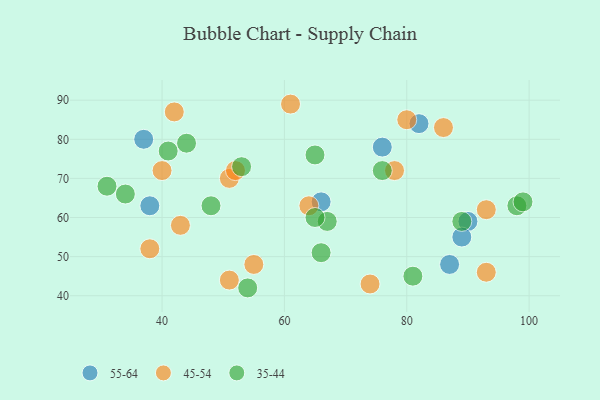
{"axis": {"x": "GDP", "y": "Life Expectancy"}, "legend": ["35-44", "45-54", "55-64"], "data": [{"x": "87", "y": 48, "type": "55-64"}, {"x": "90", "y": 59, "type": "55-64"}, {"x": "37", "y": 80, "type": "55-64"}, {"x": "82", "y": 84, "type": "55-64"}, {"x": "38", "y": 63, "type": "55-64"}, {"x": "76", "y": 78, "type": "55-64"}, {"x": "66", "y": 64, "type": "55-64"}, {"x": "89", "y": 55, "type": "55-64"}, {"x": "55", "y": 48, "type": "45-54"}, {"x": "64", "y": 63, "type": "45-54"}, {"x": "40", "y": 72, "type": "45-54"}, {"x": "51", "y": 70, "type": "45-54"}, {"x": "93", "y": 46, "type": "45-54"}, {"x": "42", "y": 87, "type": "45-54"}, {"x": "93", "y": 62, "type": "45-54"}, {"x": "74", "y": 43, "type": "45-54"}, {"x": "38", "y": 52, "type": "45-54"}, {"x": "61", "y": 89, "type": "45-54"}, {"x": "43", "y": 58, "type": "45-54"}, {"x": "80", "y": 85, "type": "45-54"}, {"x": "86", "y": 83, "type": "45-54"}, {"x": "78", "y": 72, "type": "45-54"}, {"x": "51", "y": 44, "type": "45-54"}, {"x": "52", "y": 72, "type": "45-54"}, {"x": "44", "y": 79, "type": "35-44"}, {"x": "48", "y": 63, "type": "35-44"}, {"x": "98", "y": 63, "type": "35-44"}, {"x": "65", "y": 76, "type": "35-44"}, {"x": "53", "y": 73, "type": "35-44"}, {"x": "54", "y": 42, "type": "35-44"}, {"x": "67", "y": 59, "type": "35-44"}, {"x": "66", "y": 51, "type": "35-44"}, {"x": "81", "y": 45, "type": "35-44"}, {"x": "99", "y": 64, "type": "35-44"}, {"x": "41", "y": 77, "type": "35-44"}, {"x": "89", "y": 59, "type": "35-44"}, {"x": "65", "y": 60, "type": "35-44"}, {"x": "76", "y": 72, "type": "35-44"}, {"x": "34", "y": 66, "type": "35-44"}, {"x": "31", "y": 68, "type": "35-44"}]}